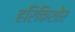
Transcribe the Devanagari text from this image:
हरिकिशोर